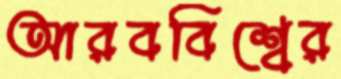
আরববিশ্বের